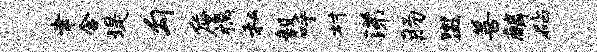
聿含堤勾詹祸私毅呼村涕肠盥善麟砧